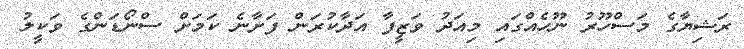
ރަޝިޔާގެ މަސްހޫރު ނޫހެއްގައި މިއަދު ވަޒީފާ އަދާކުރަން ފަށާނެ ކަމަށް ސްނޯޑަންގެ ވަކީލު